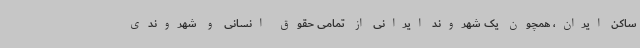
ساکن ایران، همچون یک شهروند ایرانی از تمامی حقوق انسانی و شهروندی